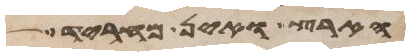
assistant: הארץ ואין מחריד